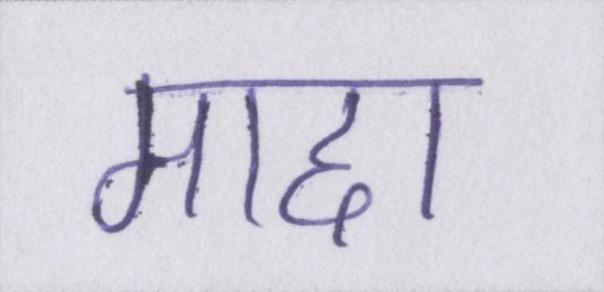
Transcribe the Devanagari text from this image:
माद्दा